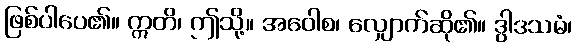
ဖြစ်ပါပေ၏။ ဣတိ၊ ဤသို့။ အဝေါစ၊ လျှောက်ဆို၏။ ဒွါဒသမံ၊